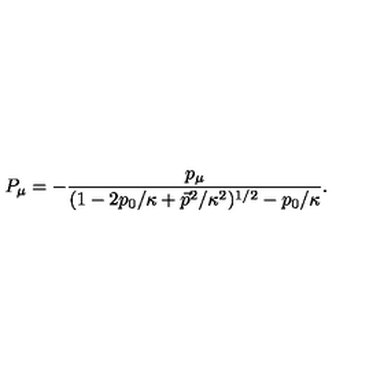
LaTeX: P _ { \mu } = - \frac { p _ { \mu } } { ( 1 - 2 p _ { 0 } / \kappa + \vec { p } ^ { 2 } / \kappa ^ { 2 } ) ^ { 1 / 2 } - p _ { 0 } / \kappa } .